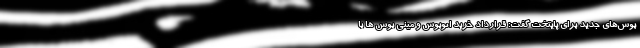
بوس‌های جدید برای پایتخت گفت: قرارداد خرید اتوبوس‌ و مینی بوس ها با